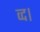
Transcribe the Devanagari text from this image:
व्द।